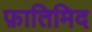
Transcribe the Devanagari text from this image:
फ़ातिमिद